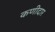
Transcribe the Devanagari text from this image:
कणीदार